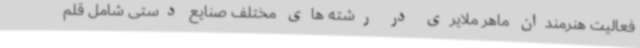
فعالیت هنرمندان ماهر ملایری در رشته های مختلف صنایع دستی شامل قلم